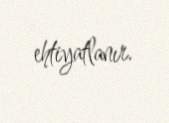
ehtiyatlanır.